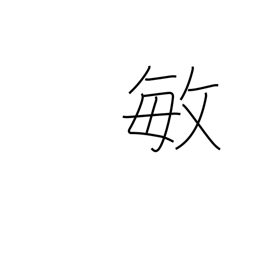
Meaning: alert